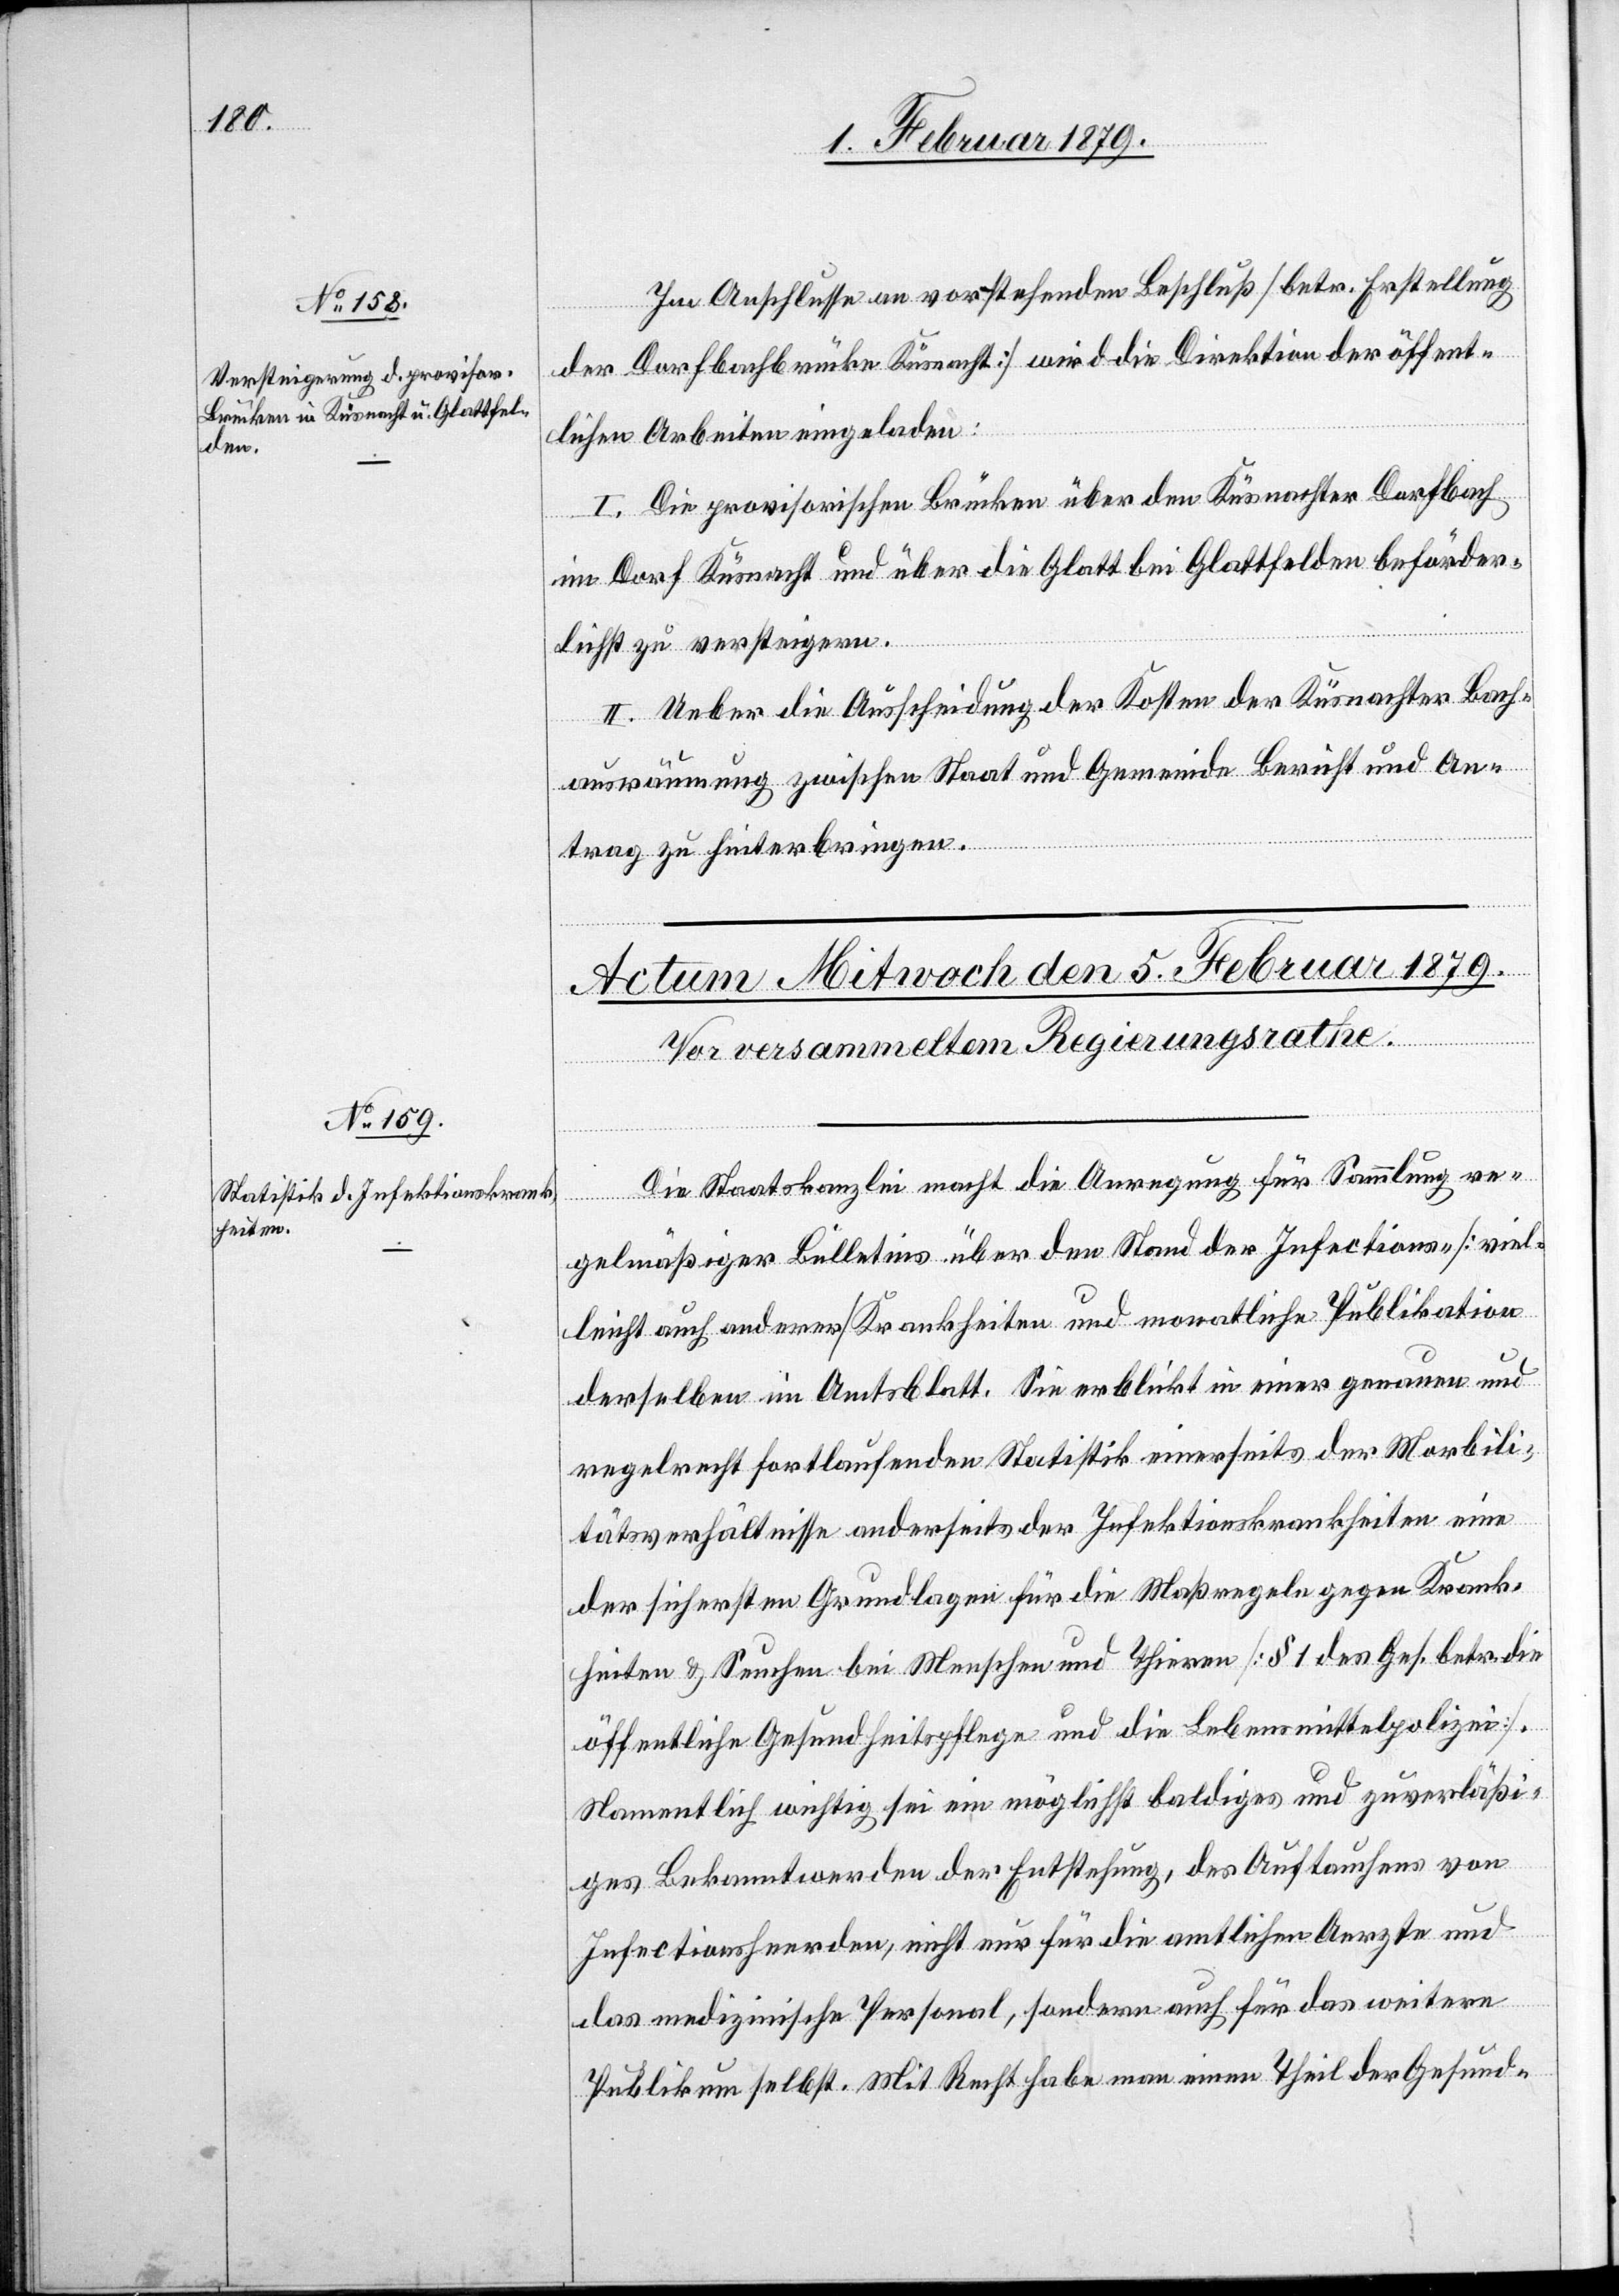
Im Anschlusse an vorstehenden Beschluß [betr. Erstellung
der Dorfbachbrücke Küsnacht] wird die Direktion der öffent¬
lichen Arbeiten eingeladen:
I. Die provisorischen Brücken über den Küsnachter Dorfbach
im Dorf Küsnacht und über die Glatt bei Glattfelden beförder¬
lichst zu versteigern.
II. Ueber die Ausscheidung der Kosten der Küsnachter Bach¬
ausräumung zwischen Staat und Gemeinde Bericht und An¬
trag zu hinterbringen.
Die Staatskanzlei macht die Anregung für Sammlung re¬
gelmäßiger Bülletins über den Stand der Infections- [viel¬
leicht auch anderer] Krankheiten und monatliche Publikation
derselben im Amtsblatt. Sie erblickt in einer genauen und
regelrecht fortlaufenden Statistik einerseits der Morbili¬
tätsverhältnisse anderseits der Infektionskrankheiten eine
der sichersten Grundlagen für die Maßregeln gegen Krank¬
heiten & Seuchen bei Menschen und Thieren [§ 1 des Ges. betr. die
öffentliche Gesundheitspflege und die Lebensmittelpolizei].
Namentlich wichtig sei ein möglichst baldiges und zuverläßi¬
ges Bekanntwerden der Entstehung, des Auftauchens von
Infectionsheerden, nicht nur für die amtlichen Aerzte und
das medizinische Personal, sondern auch für das weitere
Publikum selbst. Mit Recht habe man einen Theil der Gesund-